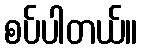
စပ်ပါတယ်။